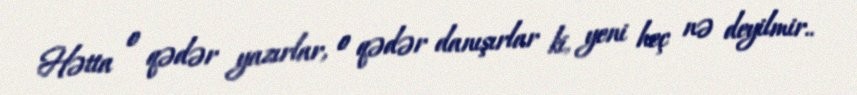
Hətta o qədər yazırlar, o qədər danışırlar ki, yeni heç nə deyilmir..